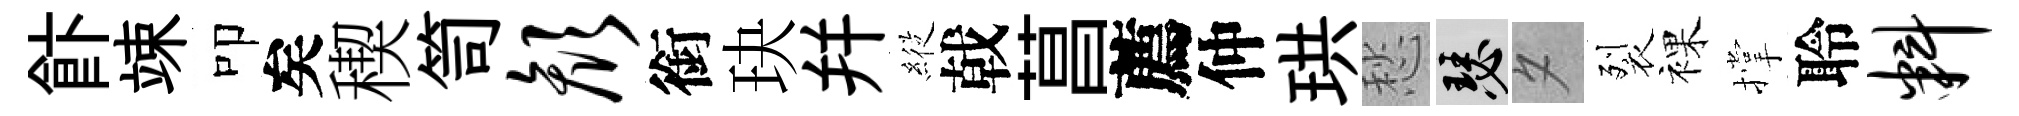
飰竦叩矣稧笥颜銜玦幷𦂵戟菖薦仲珙愁瑟夕裂裸撑聆料